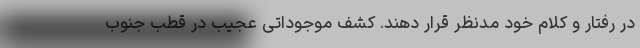
در رفتار و کلام خود مدنظر قرار دهند. کشف موجوداتی عجیب در قطب جنوب